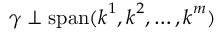
\boldsymbol { \gamma } \perp \operatorname { s p a n } ( \boldsymbol { k } ^ { 1 } , \boldsymbol { k } ^ { 2 } , \dots , \boldsymbol { k } ^ { m } )